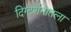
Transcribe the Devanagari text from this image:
दिग्दर्शनातला